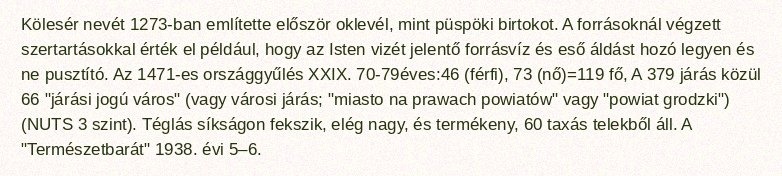
Kölesér nevét 1273-ban említette először oklevél, mint püspöki birtokot. A forrásoknál végzett szertartásokkal érték el például, hogy az Isten vizét jelentő forrásvíz és eső áldást hozó legyen és ne pusztító. Az 1471-es országgyűlés XXIX. 70-79éves:46 (férfi), 73 (nő)=119 fő, A 379 járás közül 66 "járási jogú város" (vagy városi járás; "miasto na prawach powiatów" vagy "powiat grodzki") (NUTS 3 szint). Téglás síkságon fekszik, elég nagy, és termékeny, 60 taxás telekből áll. A "Természetbarát" 1938. évi 5–6.